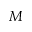
{ \cal M }